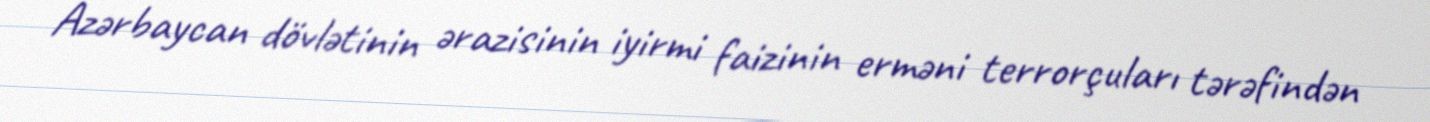
Azərbaycan dövlətinin ərazisinin iyirmi faizinin erməni terrorçuları tərəfindən